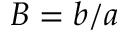
B = b / a